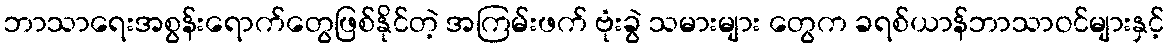
ဘာသာရေးအစွန်းရောက်တွေဖြစ်နိုင်တဲ့ အကြမ်းဖက် ဗုံးခွဲ သမားများ တွေက ခရစ်ယာန်ဘာသာဝင်များနှင့်